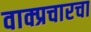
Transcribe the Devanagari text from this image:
वाक्प्रचारचा